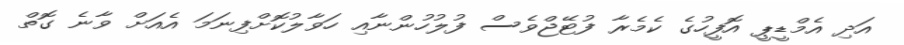
އަދި އެމްޑީޕީ އޮފީހުގެ ކެމެރާ ފުޓޭޖްވެސް ފުލުހުންނާއި ހަވާލުކޮށްފިނަމަ އެއަށް ވާނެ ގޮތް